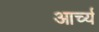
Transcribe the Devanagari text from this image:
आर्च्य